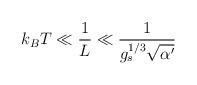
LaTeX: \begin{align*}k_BT\ll \frac{1}{L} \ll\frac{1}{g_s^{1/3}\sqrt{\alpha'}}\end{align*}